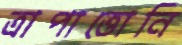
ত্রাপাত্তোনি